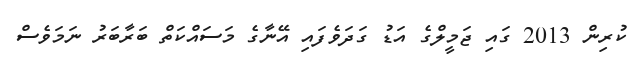
ކުރިން 2013 ގައި ޖަމީލްގެ އަޑު ގަދަވެފައި އޭނާގެ މަސައްކަތް ބަރާބަރު ނަމަވެސް